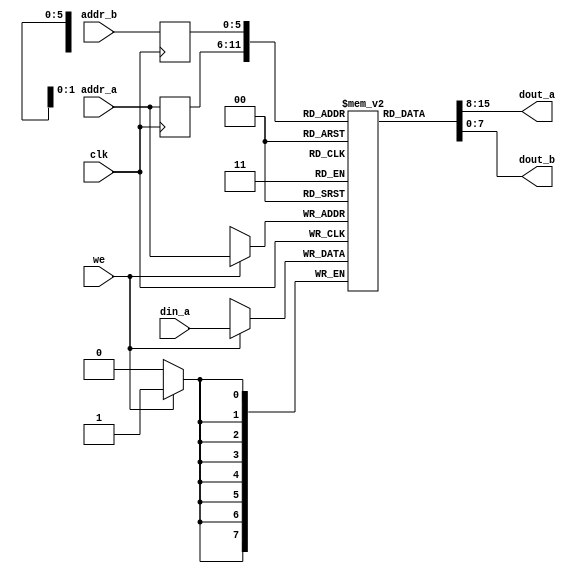
//-----------------------------------------------------------------------------
// The confidential and proprietary information contained in this file may
// only be used by a person authorised under and to the extent permitted
// by a subsisting licensing agreement from ARM Limited or its affiliates.
//
//        (C) COPYRIGHT 2013, 2015 ARM Limited or its affiliates.
//            ALL RIGHTS RESERVED
//
// This entire notice must be reproduced on all copies of this file
// and copies of this file may only be made by a person if such person is
// permitted to do so under the terms of a subsisting license agreement
// from ARM Limited or its affiliates.
//
// -----------------------------------------------------------------------------
//
//      SVN Information
//
//      Checked In          : $Date:  $
//
//      Revision            : $Revision:  $
//
//      Release Information : CM3DesignStart-r0p0-01rel0
//
//-----------------------------------------------------------------------------
//-----------------------------------------------------------------------------
// Abstract : Dual port RAM for VGA module
//-----------------------------------------------------------------------------


module dual_port_ram_sync
  #(
      parameter ADDR_WIDTH = 6,
      parameter DATA_WIDTH = 8
  )
  (
  input wire clk,
  input wire we,
  input wire [ADDR_WIDTH-1:0] addr_a,
  input wire [ADDR_WIDTH-1:0] addr_b,
  input wire [DATA_WIDTH-1:0] din_a,

  output wire [DATA_WIDTH-1:0] dout_a,
  output wire [DATA_WIDTH-1:0] dout_b
  );

  reg [DATA_WIDTH-1:0] ram [2**ADDR_WIDTH-1:0];
  reg [ADDR_WIDTH-1:0] addr_a_reg;
  reg [ADDR_WIDTH-1:0] addr_b_reg;

  always @ (posedge clk)
  begin
    if(we)
      ram[addr_a] <= din_a;
    addr_a_reg <= addr_a;
    addr_b_reg <= addr_b;
  end

  assign dout_a = ram[addr_a_reg];
  assign dout_b = ram[addr_b_reg];

endmodule